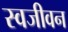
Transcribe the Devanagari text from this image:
स्वजीवन